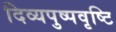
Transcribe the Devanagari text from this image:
दिव्यपुष्पवृष्टि